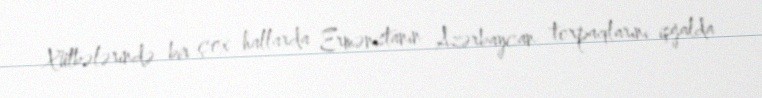
Xütbələrində bir çox hallarda Ermənistanın Azərbaycan torpaqlarını işğalda